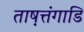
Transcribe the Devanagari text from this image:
ताष़त्तंगाडि